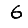
Digit: 6